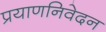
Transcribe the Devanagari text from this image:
प्रयाणनिवेदन